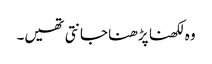
وہ لکھنا پڑھنا جانتی تھیں۔